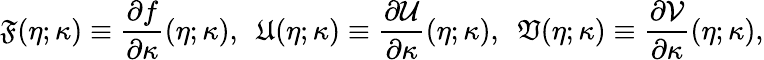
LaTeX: \mathfrak{F}(\eta;\kappa)\equiv\frac{\partial f}{\partial\kappa}(\eta;\kappa),~~\mathfrak{U}(\eta;\kappa)\equiv\frac{\partial\mathcal{U}}{\partial\kappa}(\eta;\kappa),~~\mathfrak{V}(\eta;\kappa)\equiv\frac{\partial\mathcal{V}}{\partial\kappa}(\eta;\kappa),